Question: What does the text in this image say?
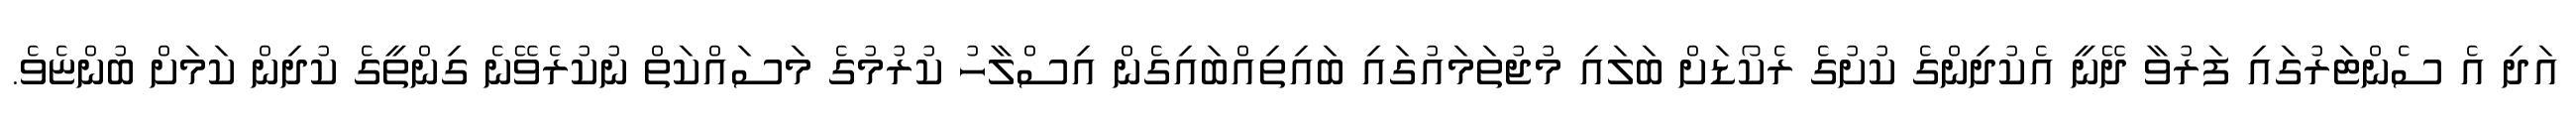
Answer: އަދި އެ ސެންޓަރުގައި ފަރުވާ ދޭނީ އެކުދިންގެ ކުށުގެ ރެކޯޑަށް ބަލައި މުޖުތަމައުގައި ބައިތިއްބައިގެން އިސްލާހު ކުރުމުގެ މަސައްކަތް ނުކުރެވޭނެ ގިންތީގެ ކުދިން ކަމަށް ބުންޏެވެ.